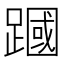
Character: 𫏜